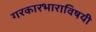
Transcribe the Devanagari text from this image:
गरकारभाराविषयी